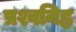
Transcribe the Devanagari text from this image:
प्रश्वनिह्न